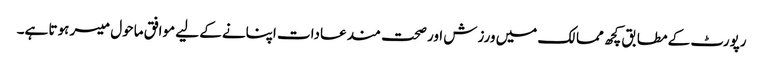
رپورٹ کے مطابق کچھ ممالک میں ورزش اور صحت مند عادات اپنانے کے لیے موافق ماحول میسر ہوتا ہے۔